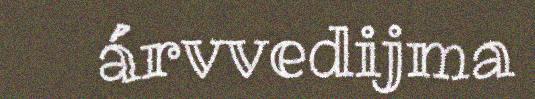
árvvedijma